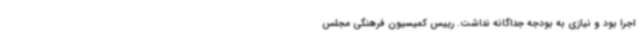
اجرا بود و نیازی به بودجه جداگانه نداشت‌. رییس کمیسیون فرهنگی مجلس